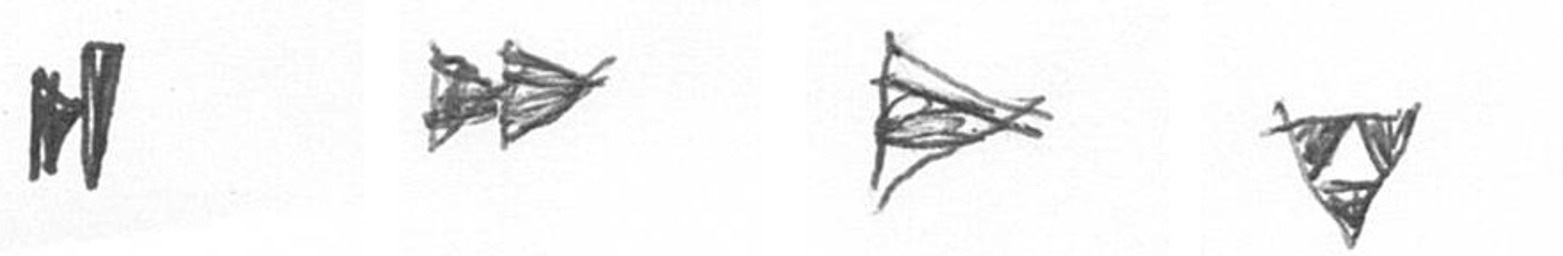
M A T S